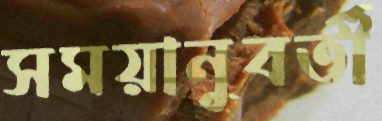
সময়ানুবর্তী